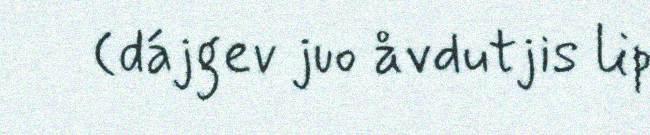
(dájgev juo åvdutjis lip